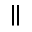
\parallel